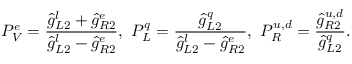
P _ { V } ^ { e } = \frac { \hat { g } _ { L 2 } ^ { l } + \hat { g } _ { R 2 } ^ { e } } { \hat { g } _ { L 2 } ^ { l } - \hat { g } _ { R 2 } ^ { e } } , \ P _ { L } ^ { q } = \frac { \hat { g } _ { L 2 } ^ { q } } { \hat { g } _ { L 2 } ^ { l } - \hat { g } _ { R 2 } ^ { e } } , \ P _ { R } ^ { u , d } = \frac { \hat { g } _ { R 2 } ^ { u , d } } { \hat { g } _ { L 2 } ^ { q } } .